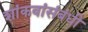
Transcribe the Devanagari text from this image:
शांकवांसंबंधी